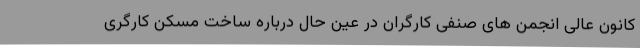
کانون عالی انجمن های صنفی کارگران در عین حال درباره ساخت مسکن کارگری